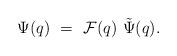
LaTeX: \begin{align*}\Psi(q) ~= ~{\cal F}(q)~ \tilde{\Psi}(q).\end{align*}